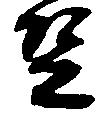
豆